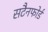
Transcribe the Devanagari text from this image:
सटैनफोर्ड